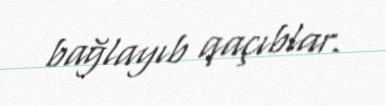
bağlayıb qaçıblar.